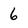
Character: 6